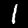
Digit: 1